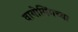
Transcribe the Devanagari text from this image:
वायोमिंगच्या